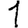
Digit: 1